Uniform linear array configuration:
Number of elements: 24
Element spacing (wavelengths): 0.25
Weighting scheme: hann
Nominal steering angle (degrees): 30
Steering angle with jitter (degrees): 29.898
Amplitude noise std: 0.05
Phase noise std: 0.05

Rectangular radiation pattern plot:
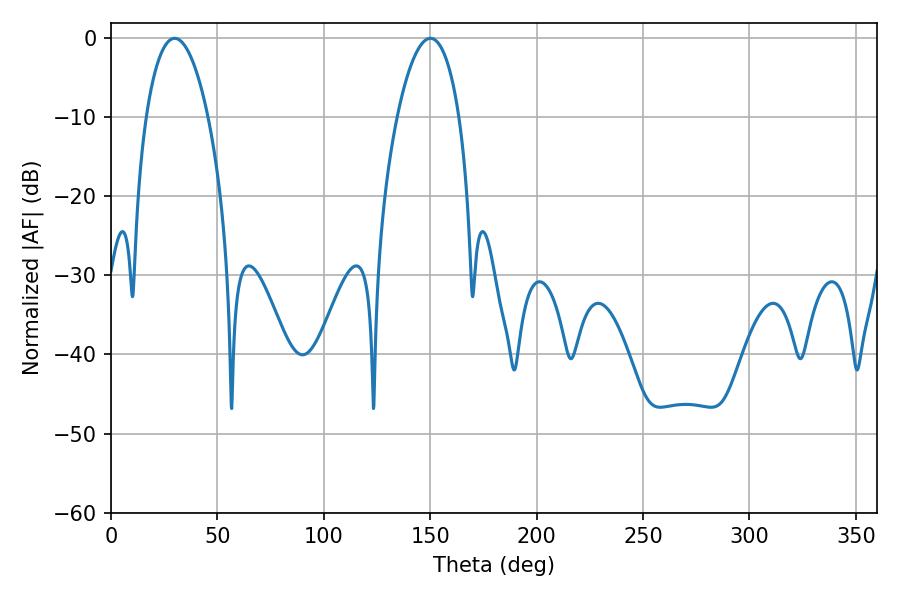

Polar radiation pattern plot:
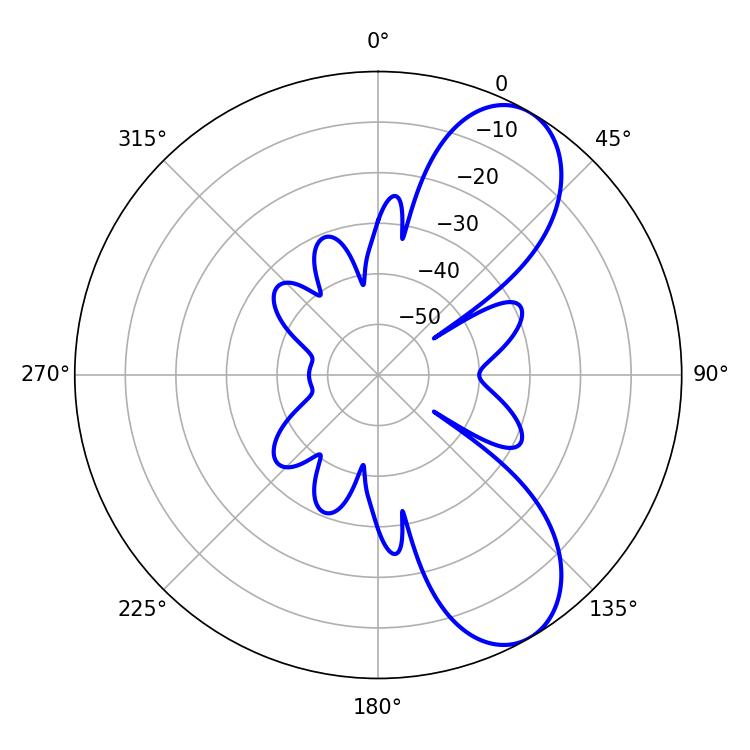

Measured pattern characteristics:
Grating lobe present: FALSE
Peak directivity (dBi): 8.174
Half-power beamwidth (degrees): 16.2
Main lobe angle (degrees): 29.88